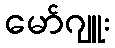
မော်ဂျူး